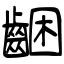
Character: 齫